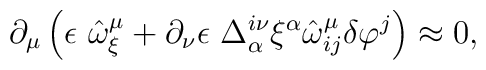
\partial_{\mu } \left( \epsilon\  \hat{\omega}^{\mu}_{\xi } +\partial_{\nu }\epsilon\  \Delta ^{i \nu }_{\alpha } \xi ^{\alpha}\hat{\omega}^{\mu}_{ij} \delta\varphi^{j} \right) \approx 0,